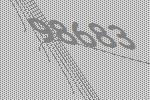
98683